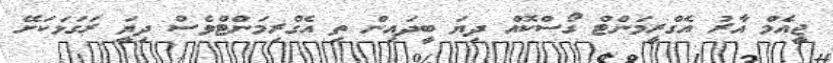
ޖީއެމް އާރު އެގްރީމަންޓް ގޯސްކޮއް ދިޔަ ބީދައިން ތި އެގްރިމަންޓްވެސް ދިޔަީ ރަގަޅަކަށޭ